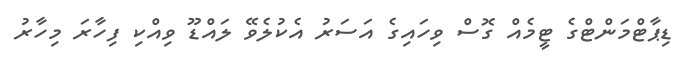
ޑިޕާޓްމަންޓްގެ ޓީމެއް ގޮސް ވިހައިގެ އަސަރު އެކުލެވޭ ލައްޑޫ ވިއްކި ފިހާރަ މިހާރު